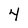
Character: 4